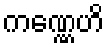
ကဏ္ဏေဟိ